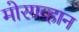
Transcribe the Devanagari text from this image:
मोरगव्हान